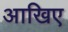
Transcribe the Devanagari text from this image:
आखिए